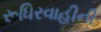
રૂધિરવાહીની